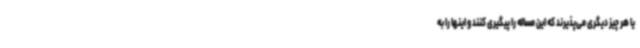
یا هر چیز دیگری می‌پذیرند که این مساله را پیگیری کنند و اینها را به